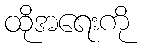
ထိုအရေးကို